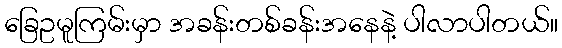
ခြေဥမူကြမ်းမှာ အခန်းတစ်ခန်းအနေနဲ့ ပါလာပါတယ်။